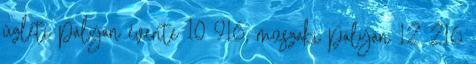
üzleti pályán évente 10 916, műszaki pályán 12 216